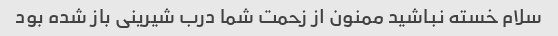
سلام خسته نباشید ممنون از زحمت شما درب شیرینی باز شده بود